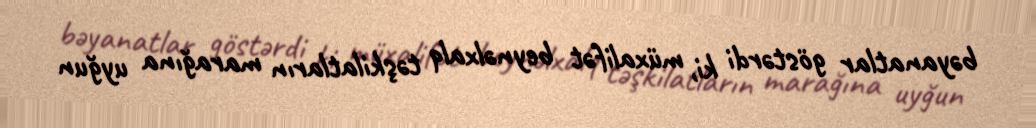
bəyanatlar göstərdi ki, müxalifət beynəlxalq təşkilatların marağına uyğun